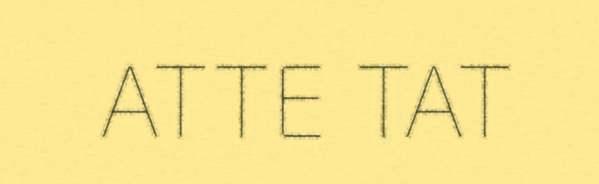
ATTE TAT